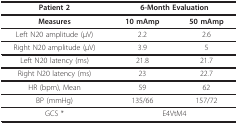
<table><thead><tr><td><b>Patient 2</b></td><td colspan="2"><b>6-Month Evaluation</b></td></tr></thead><tbody><tr><td><b>Measures</b></td><td><b>10 mAmp</b></td><td><b>50 mAmp</b></td></tr><tr><td>Left N20 amplitude (μV)</td><td>2.2</td><td>2.6</td></tr><tr><td>Right N20 amplitude (μV)</td><td>3.9</td><td>5</td></tr><tr><td>Left N20 latency (ms)</td><td>21.8</td><td>21.7</td></tr><tr><td>Right N20 latency (ms)</td><td>23</td><td>22.7</td></tr><tr><td>HR (bpm), Mean</td><td>59</td><td>62</td></tr><tr><td>BP (mmHg)</td><td>135/66</td><td>157/72</td></tr><tr><td>GCS *</td><td colspan="2">E4VtM4</td></tr></tbody></table>